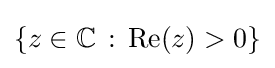
{\textstyle \{z\in \mathbb {C} \,:\,{\mbox{Re}}(z)>0\}}